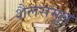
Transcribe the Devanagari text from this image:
शैलसमूल